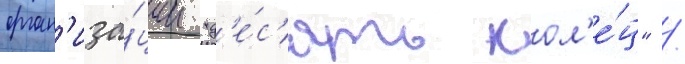
орган'иза́ции "д'е́с'ять кол'е́ц" /